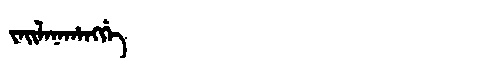
Manchu: ᠵᠠᡳᠯᠠᠨᠠᡥᠠᠩᡤᡝ
Romanization: JAILANAHANGGE